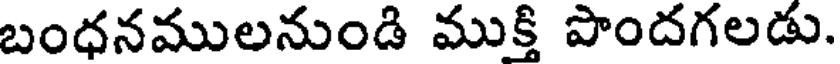
బంధనములనుండి ముక్తి పొందగలడు.